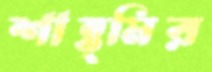
শান্ত্মির